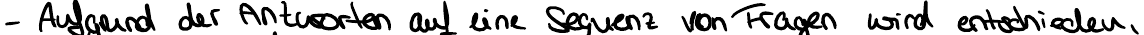
- Aufgrund der Antworten auf eine Sequenz von Frage wird entschieden